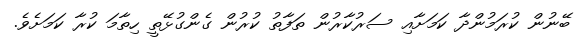
ބޭނުން ކުރަމުންދާ ކަމަށާއި ސަރުކާރުން ތަފާތު ކުރުން ގެންގުޅޭތީ ހިތާމަ ކުރާ ކަމަށެވެ.